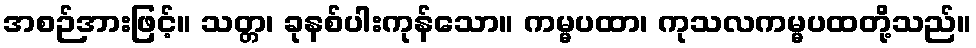
အစဉ်အားဖြင့်။ သတ္တ၊ ခုနစ်ပါးကုန်သော။ ကမ္မပထာ၊ ကုသလကမ္မပထတို့သည်။